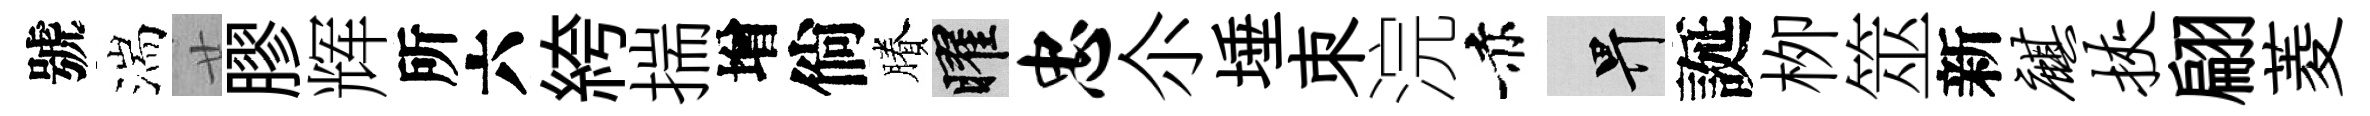
號湍廿膠辉所六絝揣增倘賸曜忠尒埵朿浣赤畀誕栁筮新麒挟翩菱